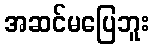
အဆင်မပြေဘူး